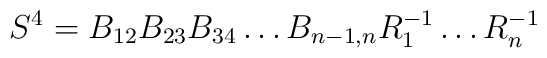
S^4=B_{12}B_{23}B_{34}\dots B_{n-1,n} R_1^{-1}\dots R_n^{-1}